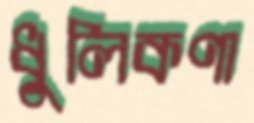
ধুলিকণা